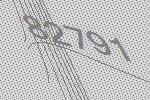
82791